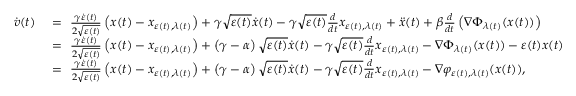
\begin{array} { r l } { \dot { v } ( t ) \ } & { = \ \frac { \gamma \dot { \varepsilon } ( t ) } { 2 \sqrt { \varepsilon ( t ) } } \left( x ( t ) - x _ { \varepsilon ( t ) , \lambda ( t ) } \right) + \gamma \sqrt { \varepsilon ( t ) } \dot { x } ( t ) - \gamma \sqrt { \varepsilon ( t ) } \frac { d } { d t } x _ { \varepsilon ( t ) , \lambda ( t ) } + \ddot { x } ( t ) + \beta \frac { d } { d t } \left( \nabla \Phi _ { \lambda ( t ) } ( x ( t ) ) \right) } \\ & { = \ \frac { \gamma \dot { \varepsilon } ( t ) } { 2 \sqrt { \varepsilon ( t ) } } \left( x ( t ) - x _ { \varepsilon ( t ) , \lambda ( t ) } \right) + \left( \gamma - \alpha \right) \sqrt { \varepsilon ( t ) } \dot { x } ( t ) - \gamma \sqrt { \varepsilon ( t ) } \frac { d } { d t } x _ { \varepsilon ( t ) , \lambda ( t ) } - \nabla \Phi _ { \lambda ( t ) } ( x ( t ) ) - \varepsilon ( t ) x ( t ) } \\ & { = \ \frac { \gamma \dot { \varepsilon } ( t ) } { 2 \sqrt { \varepsilon ( t ) } } \left( x ( t ) - x _ { \varepsilon ( t ) , \lambda ( t ) } \right) + \left( \gamma - \alpha \right) \sqrt { \varepsilon ( t ) } \dot { x } ( t ) - \gamma \sqrt { \varepsilon ( t ) } \frac { d } { d t } x _ { \varepsilon ( t ) , \lambda ( t ) } - \nabla \varphi _ { \varepsilon ( t ) , \lambda ( t ) } ( x ( t ) ) , } \end{array}